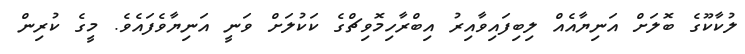
ލުކާކޫގެ ބޮލަށް އަނިޔާއެއް ލިބިފައިވާއިރު އިބްރާހިމޮވިޗްގެ ކަކުލަށް ވަނީ އަނިޔާވެފައެވެ. މީގެ ކުރިން